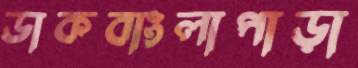
ডাকবাংলাপাড়া